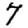
Digit: 7